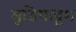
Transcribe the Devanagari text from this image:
मुडियाट्टम